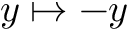
y \mapsto - y